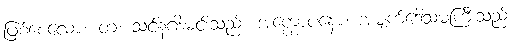
ဖြစ်စေလော။ တံ၊ သင်နဂါးမင်းသည်။ အက္ကောပနော၊ အမျက်ဒေါသမကြီးသည်။